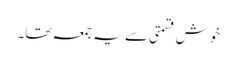
خوش قسمتی سے یہ جمعہ تھا۔